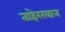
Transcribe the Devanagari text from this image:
ताहेरखान